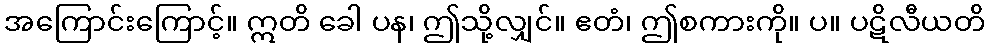
အကြောင်းကြောင့်။ ဣတိ ခေါ ပန၊ ဤသို့လျှင်။ ဧတံ၊ ဤစကားကို။ ပ။ ပဋိလီယတိ